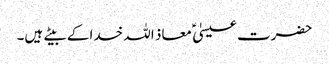
حضرت عیسیٰ ؑ معاذ اللہ خدا کے بیتے ہیں۔